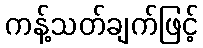
ကန့်သတ်ချက်ဖြင့်